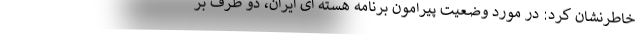
خاطرنشان کرد: در مورد وضعیت پیرامون برنامه هسته ای ایران، دو طرف بر